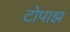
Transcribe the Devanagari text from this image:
टोपाझ